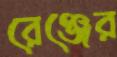
রেঞ্জের